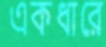
একধারে